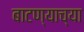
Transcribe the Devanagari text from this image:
बाटण्याच्या